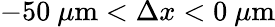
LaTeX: -50~\mu\mathrm{m}<\Delta x<0~\mu\mathrm{m}